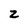
Character: z